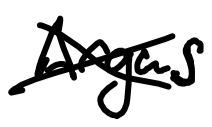
Text: Argus
Cross-out: cross
Writing tool: digital_black